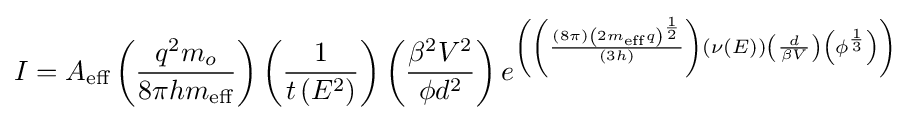
I=A_{\text{eff}}\left({\frac {q^{2}m_{o}}{8\pi hm_{\text{eff}}}}\right)\left({\frac {1}{t\left(E^{2}\right)}}\right)\left({\frac {\beta ^{2}V^{2}}{\phi d^{2}}}\right)e^{\left(\left({\frac {\left(8\pi \right)\left(2m_{\text{eff}}q\right)^{\frac {1}{2}}}{\left(3h\right)}}\right)\left(\nu \left(E\right)\right)\left({\frac {d}{\beta V}}\right)\left(\phi ^{\frac {1}{3}}\right)\right)}